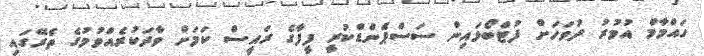
ހައްމާމް އުމުރު ދުވަހަށް ފުޓްބޯޅައިން ސަސްޕެންޑްކުރީ ފީފާގެ ރައީސް ކަމަށް ވާދަކުރެއްވުމުގެ ތެރޭގައި